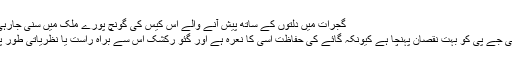
Image caption گجرات میں دلتوں کے ساتھ پیش آنے والے اس کیس کی گونچ پورے ملک میں سنی جارہی ہے
گجرات کے واقعے سے بی جے پی کو بہت نقصان پہنچا ہے کیونکہ گائے کی حفاظت اسی کا نعرہ ہے اور گئو رکشک اس سے براہ راست یا نظریاتی طور پر وابستہ مانے جاتے ہیں۔